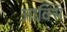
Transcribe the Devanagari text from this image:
आक्सि